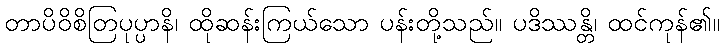
တာပိဝိစိတြပုပ္ပာနိ၊ ထိုဆန်းကြယ်သော ပန်းတို့သည်။ ပဒိဿန္တိ၊ ထင်ကုန်၏။